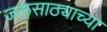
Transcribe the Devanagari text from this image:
जलसाठ्याच्या